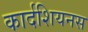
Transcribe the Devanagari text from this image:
कार्दशियनस